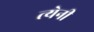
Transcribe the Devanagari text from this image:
त्येनी